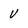
Character: U